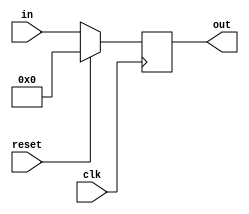
`define LW 6'b100011
`define SW 6'b101011
`define J 6'b000010
`define RTYPE 6'b000000
`define JAL 6'b000011
`define BEQ 6'b000100
`define BNE 6'b000101
`define XORI 6'b001110
`define ADDI 6'b001000

`define tADD 6'b100000
`define tSUB 6'b100010
`define tSLT 6'b101010
`define tJR 6'b001000

`define iADD 3'b000
`define iSUB 3'b001
`define iXOR 3'b010
`define iSLT 3'b011

`define ID 3'd1
`define IF 3'd0
`define EXEC 3'd2
`define MEM 3'd3
`define WB 3'd4

module reggie(
							output [5:0] out,
							input [5:0]  in,

							//output reg[31:0] PCaddress,
							input 			 clk,
							input 			 reset
							);
	 reg [5:0] 							 memory={5'd0};
	 assign out = memory;
	 always @(posedge clk) begin
			if(reset) begin
				 memory <= 5'd0;
			end
			else begin
         memory <= in;
			end
	 end
endmodule

module InstructionparselLUT
(
output [4:0] rs, // Instruction
output reg [4:0] rd, // Instruction from R-Type Signals
output [4:0] shamt, // Instruction from R-Type Signals
output [5:0] funct, // Instruction from R-Type Signals
output [4:0] rt, // Reg[rt]
output [15:0] imm, // immediate value
output [25:0] address, // mux address
input [31:0] instruction, // The instruction itself, from assembly
output reg PC_WE,
output reg MemIn,
output reg Mem_WE,
output reg IR_WE,
output reg Dst,
output reg RegIn,
output reg Immer,
output reg Reg_WE,
output reg A_WE,
output reg B_WE,
output reg [1:0] ALUSrcA,
output reg [1:0] ALUSrcB,
output reg [2:0]ALUOp,
output reg [1:0] PCSrc,
output reg jal,
output reg BEN,
output reg BEQBNE,
output reg cheese,
input clk,
input reset
);
  wire [4:0] linker;
  assign linker = 5'd31;
  reg [5:0] state; // The instruction itself, from assembly
  wire [5:0] newstatus; // The instruction itself, from assembly
  reggie statereg(.in(state),.out(newstatus),.clk(clk),.reset(reset));
  // Decomposing the different parts of the instruction
  assign rt=instruction[20:16];
  assign rs=instruction[25:21];
  assign imm = instruction[15:0];
  assign address=instruction[25:0];
  assign shamt=instruction[10:6];
  assign funct=instruction[5:0];
  always @(newstatus) begin
    case(newstatus)
      `IF:begin state=`ID; end
      `ID: begin
        case(instruction[31:26])
          `LW:begin state=`EXEC; end
          `SW:begin state=`EXEC; end
          `J:begin state=`IF; end
          `RTYPE:begin
            case(instruction[5:0])
              `tADD:begin state=`EXEC; end
              `tSUB:begin state=`EXEC; end
              `tSLT:begin state=`EXEC; end
              `tJR:begin state=`EXEC; end
            endcase
          end
          `JAL:begin state=`EXEC; end
          `BEQ:begin state=`EXEC;end
          `BNE:begin state=`EXEC; end
          `XORI:begin state=`EXEC; end
          `ADDI:begin state=`EXEC; end
        endcase
      end
      `EXEC: begin
        case(instruction[31:26])
          `LW:begin state=`MEM; end
          `SW:begin state=`MEM; end
          `J:begin state=`IF; end
          `RTYPE:begin
            case(instruction[5:0])
              `tADD:begin state=`WB; end
              `tSUB:begin state=`WB; end
              `tSLT:begin state=`WB; end
              `tJR:begin state=`IF; end
            endcase
          end
          `JAL:begin state=`WB; end
          `BEQ:begin state=`MEM; end
          `BNE:begin state=`MEM; end
          `XORI:begin state=`WB; end
          `ADDI:begin state=`WB; end
        endcase
      end
      `MEM: begin
        case(instruction[31:26])
          `LW:begin state=`WB; end
          `SW:begin state=`IF; end
          `J:begin state=`IF; end
          `RTYPE:begin
            case(instruction[5:0])
              `tADD:begin state=`IF; end
              `tSUB:begin state=`IF; end
              `tSLT:begin state=`IF; end
              `tJR:begin state=`IF; end
            endcase
          end
          `JAL:begin state=`IF; end
          `BEQ:begin state=`MEM; end
          `BNE:begin state=`MEM; end
          `XORI:begin state=`IF; end
          `ADDI:begin state=`IF; end
        endcase
      end
      `WB: begin state=`IF; end
    endcase
  end
  always @(newstatus,instruction) begin
    rd<=instruction[15:11];
    case(newstatus)
      `IF:begin PC_WE=0; MemIn=0; Mem_WE=0; IR_WE=1; Dst=0; RegIn=0; Immer=1; Reg_WE=0; A_WE=0; B_WE=0; ALUSrcA=2'd0; ALUSrcB=2'd3; ALUOp=`iADD; PCSrc=2'd2; jal=0; BEN=0; BEQBNE=0; cheese=1; end
      `ID: begin
        case(instruction[31:26])
          `LW:begin PC_WE=0; MemIn=0; Mem_WE=0; IR_WE=0; Dst=1; RegIn=0; Immer=1; Reg_WE=0; A_WE=1; B_WE=1; ALUSrcA=2'd0; ALUSrcB=2'd0; ALUOp=`iADD; PCSrc=2'd2; jal=0; BEN=0; BEQBNE=0; cheese=0; end
          `SW:begin PC_WE=0; MemIn=0; Mem_WE=0; IR_WE=0; Dst=1; RegIn=0; Immer=1; Reg_WE=0; A_WE=0; B_WE=1; ALUSrcA=2'd0; ALUSrcB=2'd0; ALUOp=`iADD; PCSrc=2'd2; jal=0; BEN=0; BEQBNE=0; cheese=0; end
          `J:begin PC_WE=1; MemIn=0; Mem_WE=0; IR_WE=0; Dst=0; RegIn=0; Immer=1; Reg_WE=0; A_WE=0; B_WE=0; ALUSrcA=2'd0; ALUSrcB=2'd0; ALUOp=`iADD; PCSrc=2'd1; jal=0; BEN=0; BEQBNE=0; cheese=0; end
          `RTYPE:begin
            case(instruction[5:0])
              `tADD:begin PC_WE=0; MemIn=0; Mem_WE=0; IR_WE=0; Dst=0; RegIn=1; Immer=1; Reg_WE=0; A_WE=1; B_WE=1; ALUSrcA=2'd0; ALUSrcB=2'd0; ALUOp=`iADD; PCSrc=2'd2; jal=0; BEN=0; BEQBNE=0; cheese=0; end
              `tSUB:begin PC_WE=0; MemIn=0; Mem_WE=0; IR_WE=0; Dst=0; RegIn=1; Immer=1; Reg_WE=0; A_WE=1; B_WE=1; ALUSrcA=2'd0; ALUSrcB=2'd0; ALUOp=`iADD; PCSrc=2'd2; jal=0; BEN=0; BEQBNE=0; cheese=0; end
              `tSLT:begin PC_WE=0; MemIn=0; Mem_WE=0; IR_WE=0; Dst=0; RegIn=1; Immer=1; Reg_WE=0; A_WE=1; B_WE=1; ALUSrcA=2'd0; ALUSrcB=2'd0; ALUOp=`iADD; PCSrc=2'd2; jal=0; BEN=0; BEQBNE=0; cheese=0; end
              `tJR:begin PC_WE=0; MemIn=0; Mem_WE=0; IR_WE=0; Dst=0; RegIn=1; Immer=0; Reg_WE=0; A_WE=1; B_WE=1; ALUSrcA=2'd0; ALUSrcB=2'd0; ALUOp=`iADD; PCSrc=2'd2; jal=0; BEN=0; BEQBNE=0; cheese=0; end
            endcase
          end
          `JAL:begin PC_WE=0; MemIn=0; Mem_WE=0; IR_WE=0; Dst=1; RegIn=0; Immer=1; Reg_WE=0; A_WE=1; B_WE=1; ALUSrcA=2'd0; ALUSrcB=2'd0; ALUOp=`iADD; PCSrc=2'd2; jal=1; BEN=0; BEQBNE=0; cheese=0; end
          `BEQ:begin PC_WE=0; MemIn=0; Mem_WE=0; IR_WE=0; Dst=0; RegIn=0; Immer=1; Reg_WE=0; A_WE=0; B_WE=0; ALUSrcA=2'd0; ALUSrcB=2'd3; ALUOp=`iADD; PCSrc=2'd2; jal=0; BEN=0; BEQBNE=0; cheese=0; end
          `BNE:begin PC_WE=0; MemIn=0; Mem_WE=0; IR_WE=0; Dst=0; RegIn=0; Immer=1; Reg_WE=0; A_WE=0; B_WE=0; ALUSrcA=2'd0; ALUSrcB=2'd3; ALUOp=`iADD; PCSrc=2'd2; jal=0; BEN=0; BEQBNE=0; cheese=0; end
          `XORI:begin PC_WE=0; MemIn=0; Mem_WE=0; IR_WE=0; Dst=0; RegIn=1; Immer=1; Reg_WE=0; A_WE=1; B_WE=1; ALUSrcA=2'd0; ALUSrcB=2'd0; ALUOp=`iADD; PCSrc=2'd2; jal=0; BEN=0; BEQBNE=0; cheese=0; end
          `ADDI:begin PC_WE=0; MemIn=0; Mem_WE=0; IR_WE=0; Dst=0; RegIn=1; Immer=1; Reg_WE=0; A_WE=1; B_WE=1; ALUSrcA=2'd0; ALUSrcB=2'd0; ALUOp=`iADD; PCSrc=2'd2; jal=0; BEN=0; BEQBNE=0; cheese=0; end
        endcase
      end
      `EXEC: begin
        case(instruction[31:26])
          `LW:begin PC_WE=0; MemIn=0; Mem_WE=0; IR_WE=0; Dst=1; RegIn=0; Immer=1; Reg_WE=0; A_WE=0; B_WE=0; ALUSrcA=2'd1; ALUSrcB=2'd1; ALUOp=`iADD; PCSrc=2'd2; jal=0; BEN=0; BEQBNE=0; cheese=0; end
          `SW:begin PC_WE=0; MemIn=0; Mem_WE=1; IR_WE=0; Dst=1; RegIn=0; Immer=1; Reg_WE=0; A_WE=0; B_WE=0; ALUSrcA=2'd0; ALUSrcB=2'd1; ALUOp=`iADD; PCSrc=2'd2; jal=0; BEN=0; BEQBNE=0; cheese=0; end
          `RTYPE:begin
            case(instruction[5:0])
              `tADD:begin PC_WE=0; MemIn=0; Mem_WE=0; IR_WE=0; Dst=0; RegIn=0; Immer=1; Reg_WE=0; A_WE=1; B_WE=1; ALUSrcA=2'd0; ALUSrcB=2'd0; ALUOp=`iADD; PCSrc=2'd2; jal=0; BEN=0; BEQBNE=0; cheese=0; end
              `tSUB:begin PC_WE=0; MemIn=0; Mem_WE=0; IR_WE=0; Dst=0; RegIn=0; Immer=1; Reg_WE=0; A_WE=1; B_WE=1; ALUSrcA=2'd0; ALUSrcB=2'd0; ALUOp=`iADD; PCSrc=2'd2; jal=0; BEN=0; BEQBNE=0; cheese=0; end
              `tSLT:begin PC_WE=0; MemIn=0; Mem_WE=0; IR_WE=0; Dst=0; RegIn=0; Immer=1; Reg_WE=0; A_WE=1; B_WE=1; ALUSrcA=2'd0; ALUSrcB=2'd0; ALUOp=`iADD; PCSrc=2'd2; jal=0; BEN=0; BEQBNE=0; cheese=0; end
              `tJR:begin PC_WE=1; MemIn=0; Mem_WE=0; IR_WE=0; Dst=0; RegIn=0; Immer=0; Reg_WE=0; A_WE=0; B_WE=0; ALUSrcA=2'd1; ALUSrcB=2'd0; ALUOp=`iADD; PCSrc=2'd2; jal=0; BEN=0; BEQBNE=0; cheese=0; end
            endcase
          end
          `JAL:begin PC_WE=0; MemIn=0; Mem_WE=0; IR_WE=0; Dst=0; RegIn=0; Immer=1; Reg_WE=0; A_WE=0; B_WE=0; ALUSrcA=2'd0; ALUSrcB=2'd3; ALUOp=`iADD; PCSrc=2'd2; jal=1; BEN=0; BEQBNE=0; cheese=0; end
          `BEQ:begin PC_WE=1; MemIn=0; Mem_WE=0; IR_WE=0; Dst=0; RegIn=0; Immer=1; Reg_WE=0; A_WE=1; B_WE=1; ALUSrcA=2'd0; ALUSrcB=2'd0; ALUOp=`iADD; PCSrc=2'd2; jal=0; BEN=0; BEQBNE=0; cheese=0; end
          `BNE:begin PC_WE=1; MemIn=0; Mem_WE=0; IR_WE=0; Dst=0; RegIn=0; Immer=1; Reg_WE=0; A_WE=1; B_WE=1; ALUSrcA=2'd0; ALUSrcB=2'd0; ALUOp=`iADD; PCSrc=2'd2; jal=0; BEN=0; BEQBNE=0; cheese=0; end
          `XORI:begin PC_WE=0; MemIn=0; Mem_WE=0; IR_WE=0; Dst=1; RegIn=0; Immer=1; Reg_WE=0; A_WE=1; B_WE=1; ALUSrcA=2'd0; ALUSrcB=2'd0; ALUOp=`iXOR; PCSrc=2'd2; jal=0; BEN=0; BEQBNE=0; cheese=0; end
          `ADDI:begin PC_WE=0; MemIn=0; Mem_WE=0; IR_WE=0; Dst=1; RegIn=0; Immer=1; Reg_WE=0; A_WE=1; B_WE=1; ALUSrcA=2'd0; ALUSrcB=2'd0; ALUOp=`iADD; PCSrc=2'd2; jal=0; BEN=0; BEQBNE=0; cheese=0; end
        endcase
      end
      `MEM: begin
        case(instruction[31:26])
          `LW:begin PC_WE=0; MemIn=0; Mem_WE=0; IR_WE=0; Dst=1; RegIn=0; Immer=1; Reg_WE=0; A_WE=0; B_WE=0; ALUSrcA=2'd0; ALUSrcB=2'd0; ALUOp=`iADD; PCSrc=2'd2; jal=0; BEN=0; BEQBNE=0; cheese=0; end
          `SW:begin PC_WE=1; MemIn=1; Mem_WE=0; IR_WE=0; Dst=1; RegIn=0; Immer=1; Reg_WE=0; A_WE=0; B_WE=0; ALUSrcA=2'd0; ALUSrcB=2'd0; ALUOp=`iADD; PCSrc=2'd2; jal=0; BEN=0; BEQBNE=0; cheese=0; end
          `BEQ:begin PC_WE=0; MemIn=0; Mem_WE=0; IR_WE=0; Dst=0; RegIn=0; Immer=1; Reg_WE=0; A_WE=0; B_WE=0; ALUSrcA=2'd2; ALUSrcB=2'd0; ALUOp=`iADD; PCSrc=2'd2; jal=0; BEN=1; BEQBNE=0; cheese=0; end
          `BNE:begin PC_WE=0; MemIn=0; Mem_WE=0; IR_WE=0; Dst=0; RegIn=0; Immer=1; Reg_WE=0; A_WE=0; B_WE=0; ALUSrcA=2'd2; ALUSrcB=2'd0; ALUOp=`iADD; PCSrc=2'd2; jal=0; BEN=1; BEQBNE=1; cheese=0; end
        endcase
      end
      `WB: begin
        case(instruction[31:26])
          `LW:begin PC_WE=0; MemIn=0; Mem_WE=0; IR_WE=0; Dst=1; RegIn=1; Immer=1; Reg_WE=1; A_WE=0; B_WE=0; ALUSrcA=2'd0; ALUSrcB=2'd0; ALUOp=`iADD; PCSrc=2'd2; jal=0; BEN=0; BEQBNE=0; cheese=0; end
          `RTYPE:begin
            case(instruction[5:0])
              `tADD:begin PC_WE=1; MemIn=0; Mem_WE=0; IR_WE=0; Dst=0; RegIn=0; Immer=1; Reg_WE=1; A_WE=0; B_WE=0; ALUSrcA=2'd0; ALUSrcB=2'd0; ALUOp=`iADD; PCSrc=2'd3; jal=0; BEN=0; BEQBNE=0; cheese=0; end
              `tSUB:begin PC_WE=1; MemIn=0; Mem_WE=0; IR_WE=0; Dst=0; RegIn=0; Immer=1; Reg_WE=1; A_WE=0; B_WE=0; ALUSrcA=2'd0; ALUSrcB=2'd0; ALUOp=`iADD; PCSrc=2'd3; jal=0; BEN=0; BEQBNE=0; cheese=0; end
              `tSLT:begin PC_WE=1; MemIn=0; Mem_WE=0; IR_WE=0; Dst=0; RegIn=0; Immer=1; Reg_WE=1; A_WE=0; B_WE=0; ALUSrcA=2'd0; ALUSrcB=2'd0; ALUOp=`iADD; PCSrc=2'd3; jal=0; BEN=0; BEQBNE=0; cheese=0; end
            endcase
          end
          `JAL:begin PC_WE=1; MemIn=0; Mem_WE=0; IR_WE=0; Dst=0; RegIn=1; Immer=1; Reg_WE=1; A_WE=0; B_WE=0; ALUSrcA=2'd0; ALUSrcB=2'd0; ALUOp=`iADD; PCSrc=2'd1; jal=1; BEN=0; BEQBNE=0; cheese=0; end
          `BEQ:begin PC_WE=0; MemIn=0; Mem_WE=0; IR_WE=0; Dst=0; RegIn=0; Immer=1; Reg_WE=0; A_WE=0; B_WE=0; ALUSrcA=2'd1; ALUSrcB=2'd2; ALUOp=`iSUB; PCSrc=2'd0; jal=0; BEN=0; BEQBNE=0; cheese=0; end
          `BNE:begin PC_WE=0; MemIn=0; Mem_WE=0; IR_WE=0; Dst=0; RegIn=0; Immer=1; Reg_WE=0; A_WE=0; B_WE=0; ALUSrcA=2'd1; ALUSrcB=2'd2; ALUOp=`iSUB; PCSrc=2'd0; jal=0; BEN=0; BEQBNE=1; cheese=0; end
          `XORI:begin PC_WE=1; MemIn=0; Mem_WE=0; IR_WE=0; Dst=0; RegIn=0; Immer=1; Reg_WE=1; A_WE=0; B_WE=0; ALUSrcA=2'd0; ALUSrcB=2'd0; ALUOp=`iADD; PCSrc=2'd3; jal=0; BEN=0; BEQBNE=0; cheese=0; end
          `ADDI:begin PC_WE=1; MemIn=0; Mem_WE=0; IR_WE=0; Dst=0; RegIn=0; Immer=1; Reg_WE=1; A_WE=0; B_WE=0; ALUSrcA=2'd0; ALUSrcB=2'd0; ALUOp=`iADD; PCSrc=2'd2; jal=0; BEN=0; BEQBNE=0; cheese=0; end
        endcase
      end
    endcase
  end
endmodule